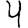
Digit: 4